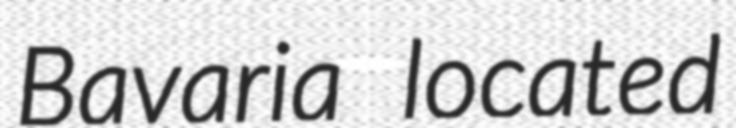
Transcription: Bavaria located